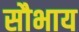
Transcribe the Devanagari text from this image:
सौभाय